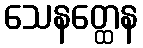
သေနတ္ထေန